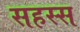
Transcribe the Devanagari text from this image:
सहस्स